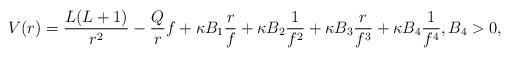
LaTeX: \begin{align*} V(r) = \frac{L(L+1)}{r^2} - \frac{Q}{r} f + \kappa B_1 \frac{r}{f} + \kappa B_2 \frac{1}{f^2} + \kappa B_3 \frac{r}{f^3} + \kappa B_4 \frac{1}{f^4}, B_4>0,\end{align*}